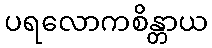
ပရလောကစိန္တာယ